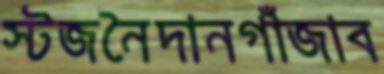
স্টজনৈদানগাঁজাব